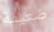
ضعيفة